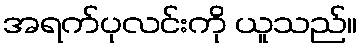
အရက်ပုလင်းကို ယူသည်။